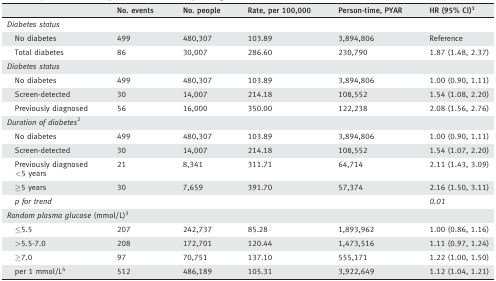
<table><thead><tr><td></td><td><b>No. events</b></td><td><b>No. people</b></td><td><b>Rate, per 100,000</b></td><td><b>Person‐time, PYAR</b></td><td><b>HR (95% CI)a</b></td></tr></thead><tbody><tr><td><i>Diabetes status</i></td><td></td><td></td><td></td><td></td><td></td></tr><tr><td>No diabetes</td><td>499</td><td>480,307</td><td>103.89</td><td>3,894,806</td><td>Reference</td></tr><tr><td>Total diabetes</td><td>86</td><td>30,007</td><td>286.60</td><td>230,790</td><td>1.87 (1.48, 2.37)</td></tr><tr><td><i>Diabetes status</i></td><td></td><td></td><td></td><td></td><td></td></tr><tr><td>No diabetes</td><td>499</td><td>480,307</td><td>103.89</td><td>3,894,806</td><td>1.00 (0.90, 1.11)</td></tr><tr><td>Screen‐detected</td><td>30</td><td>14,007</td><td>214.18</td><td>108,552</td><td>1.54 (1.08, 2.20)</td></tr><tr><td>Previously diagnosed</td><td>56</td><td>16,000</td><td>350.00</td><td>122,238</td><td>2.08 (1.56, 2.76)</td></tr><tr><td><i>Duration of diabetes</i>b</td><td></td><td></td><td></td><td></td><td></td></tr><tr><td>No diabetes</td><td>499</td><td>480,307</td><td>103.89</td><td>3,894,806</td><td>1.00 (0.90, 1.11)</td></tr><tr><td>Screen‐detected</td><td>30</td><td>14,007</td><td>214.18</td><td>108,552</td><td>1.54 (1.07, 2.20)</td></tr><tr><td>Previously diagnosed &lt;5 years</td><td>21</td><td>8,341</td><td>311.71</td><td>64,714</td><td>2.11 (1.43, 3.09)</td></tr><tr><td>≥5 years</td><td>30</td><td>7,659</td><td>391.70</td><td>57,374</td><td>2.16 (1.50, 3.11)</td></tr><tr><td><i>p for trend</i></td><td></td><td></td><td></td><td></td><td><i>0.01</i></td></tr><tr><td colspan="2"><i>Random plasma glucose</i> (mmol/L)c</td><td></td><td></td><td></td><td></td></tr><tr><td>≤5.5</td><td>207</td><td>242,737</td><td>85.28</td><td>1,893,962</td><td>1.00 (0.86, 1.16)</td></tr><tr><td>&gt;5.5‐7.0</td><td>208</td><td>172,701</td><td>120.44</td><td>1,473,516</td><td>1.11 (0.97, 1.24)</td></tr><tr><td>≥7.0</td><td>97</td><td>70,751</td><td>137.10</td><td>555,171</td><td>1.22 (1.00, 1.50)</td></tr><tr><td>per 1 mmol/Ld</td><td>512</td><td>486,189</td><td>105.31</td><td>3,922,649</td><td>1.12 (1.04, 1.21)</td></tr></tbody></table>